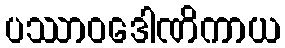
ပဿာဝဒေါဏိကာယ